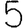
Digit: 5